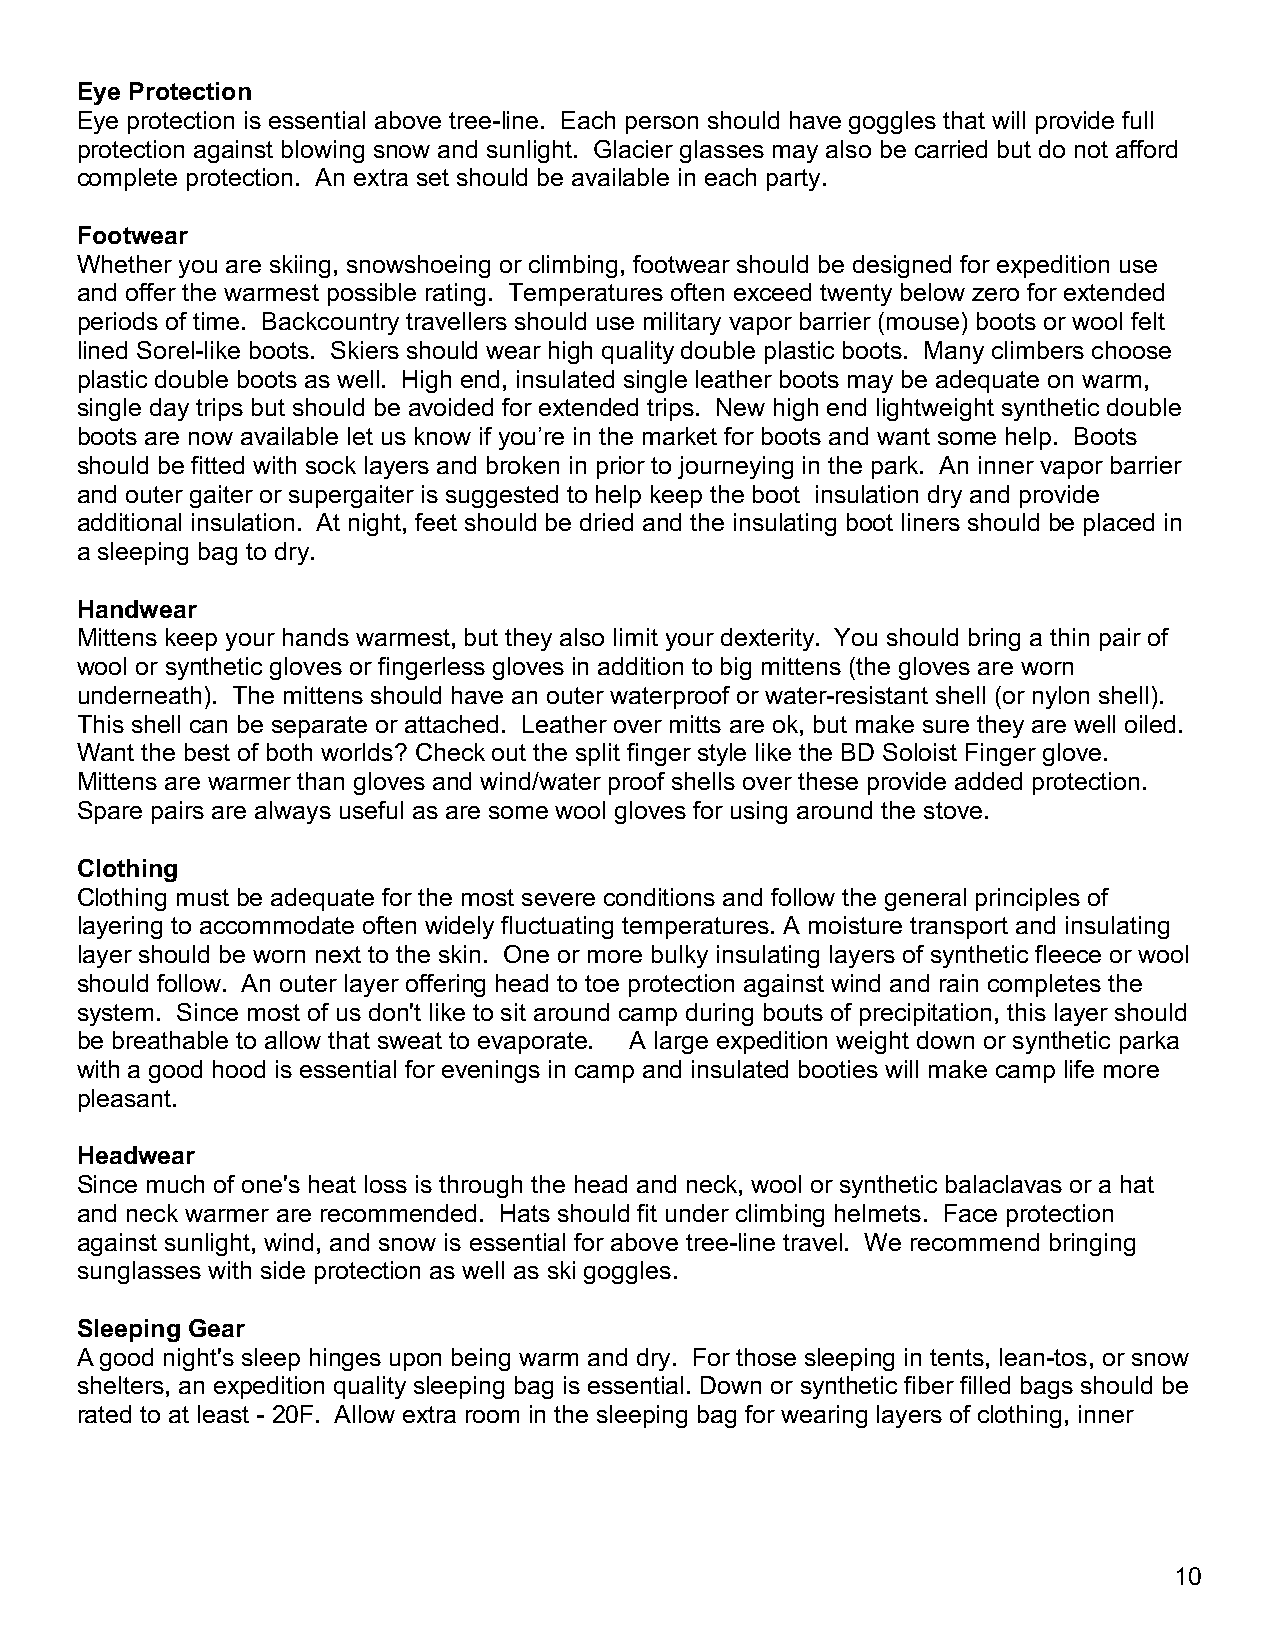
Eye Protection
 Eye protection is essential above tree-line. Each person should have goggles that will provide full
 protection against blowing snow and sunlight. Glacier glasses may also be carried but do not afford
 complete protection. An extra set should be available in each party.
 Footwear
 Whether you are skiing, snowshoeing or climbing, footwear should be designed for expedition use
 and offer the warmest possible rating. Temperatures often exceed twenty below zero for extended
 periods of time. Backcountry travellers should use military vapor barrier (mouse) boots or wool felt
 lined Sorel-like boots. Skiers should wear high quality double plastic boots. Many climbers choose
 plastic double boots as well. High end, insulated single leather boots may be adequate on warm,
 single day trips but should be avoided for extended trips. New high end lightweight synthetic double
 boots are now available let us know if you’re in the market for boots and want some help. Boots
 should be fitted with sock layers and broken in prior to journeying in the park. An inner vapor barrier
 and outer gaiter or supergaiter is suggested to help keep the boot insulation dry and provide
 additional insulation. At night, feet should be dried and the insulating boot liners should be placed in
 a sleeping bag to dry.
 Handwear
 Mittens keep your hands warmest, but they also limit your dexterity. You should bring a thin pair of
 wool or synthetic gloves or fingerless gloves in addition to big mittens (the gloves are worn
 underneath). The mittens should have an outer waterproof or water-resistant shell (or nylon shell).
 This shell can be separate or attached. Leather over mitts are ok, but make sure they are well oiled.
 Want the best of both worlds? Check out the split finger style like the BD Soloist Finger glove.
 Mittens are warmer than gloves and wind/water proof shells over these provide added protection.
 Spare pairs are always useful as are some wool gloves for using around the stove.
 Clothing
 Clothing must be adequate for the most severe conditions and follow the general principles of
 layering to accommodate often widely fluctuating temperatures. A moisture transport and insulating
 layer should be worn next to the skin. One or more bulky insulating layers of synthetic fleece or wool
 should follow. An outer layer offering head to toe protection against wind and rain completes the
 system. Since most of us don't like to sit around camp during bouts of precipitation, this layer should
 be breathable to allow that sweat to evaporate. A large expedition weight down or synthetic parka
 with a good hood is essential for evenings in camp and insulated booties will make camp life more
 pleasant.
 Headwear
 Since much of one's heat loss is through the head and neck, wool or synthetic balaclavas or a hat
 and neck warmer are recommended. Hats should fit under climbing helmets. Face protection
 against sunlight, wind, and snow is essential for above tree-line travel. We recommend bringing
 sunglasses with side protection as well as ski goggles.
 Sleeping Gear
 A good night's sleep hinges upon being warm and dry. For those sleeping in tents, lean-tos, or snow
 shelters, an expedition quality sleeping bag is essential. Down or synthetic fiber filled bags should be
 rated to at least - 20F. Allow extra room in the sleeping bag for wearing layers of clothing, inner
 10